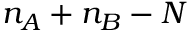
n _ { A } + n _ { B } - N